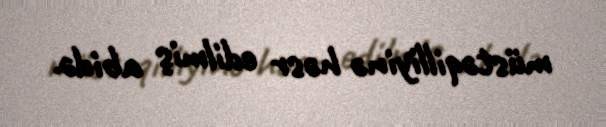
müstəqilliyinə həsr edilmiş abidə.